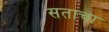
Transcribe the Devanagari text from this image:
सताचा